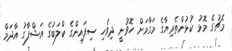
މެޗުގެ މޮޅު ކުޅުންތެރިޔާގެ މަގާމަށް ހޮވުނީ ދިވެހި ސިފައިންގެ ކްލަބުގެ އަޝްފާގު އާދަމް